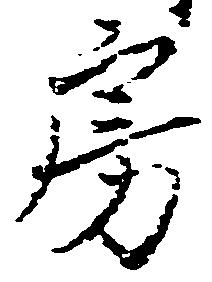
房